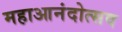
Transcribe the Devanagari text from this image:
महाआनंदोत्सव